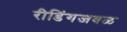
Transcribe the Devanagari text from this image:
रीडिंगजवळ